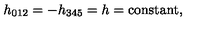
h _ { 0 1 2 } = - h _ { 3 4 5 } = h = \mathrm { c o n s t a n t } ,